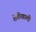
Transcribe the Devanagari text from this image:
शेतीखाली